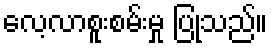
လေ့လာစူးစမ်းမှု ပြုသည်။